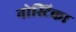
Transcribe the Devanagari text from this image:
नोस्टिका